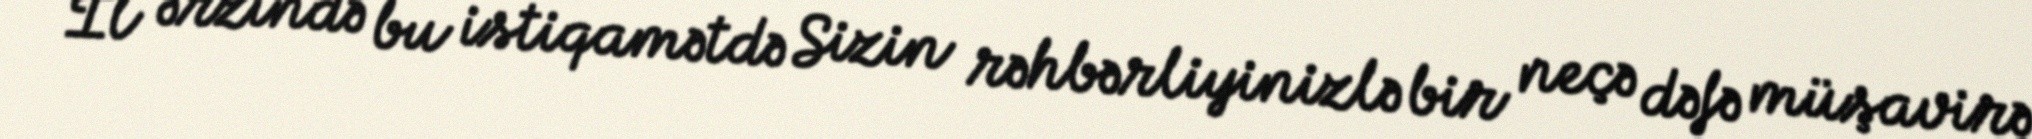
İl ərzində bu istiqamətdə Sizin rəhbərliyinizlə bir neçə dəfə müşavirə